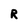
Character: R